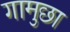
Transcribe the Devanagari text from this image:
गामुछा